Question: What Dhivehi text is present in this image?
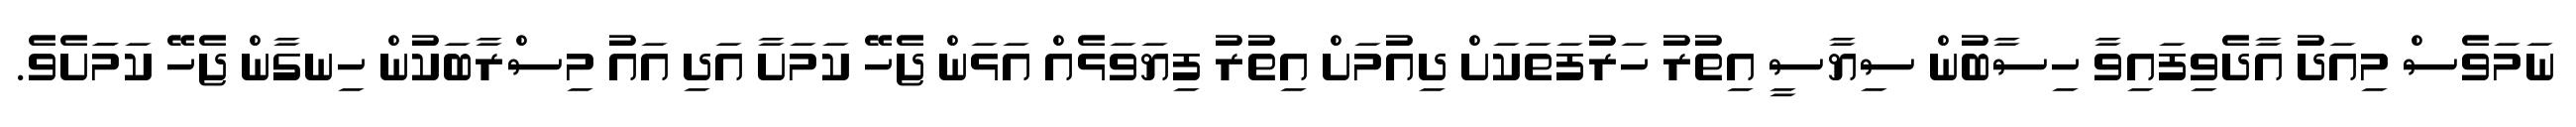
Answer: ނަމަވެސް މިއަދު އާދެވިފައިވާ ހިސާބުން ސިޔާސީ އިތުރު ހަރުފަތަކަށް ދިއުމަށް އިތުރު ފިޔަވަޅެއް އަޅަން ޖެހޭ ކަމަށާ އަދި އައު މިސްރާބަކުން ހިނގާން ޖެހޭ ކަމަަށެވެ.